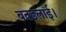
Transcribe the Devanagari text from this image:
बतइलाई।